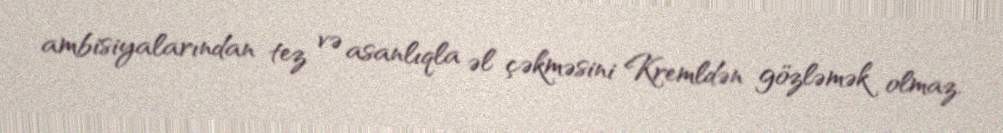
ambisiyalarından tez və asanlıqla əl çəkməsini Kremldən gözləmək olmaz.